Lunatic asylums Central Provinces reports 1910-1926 - 1910-1926
Year: 1910
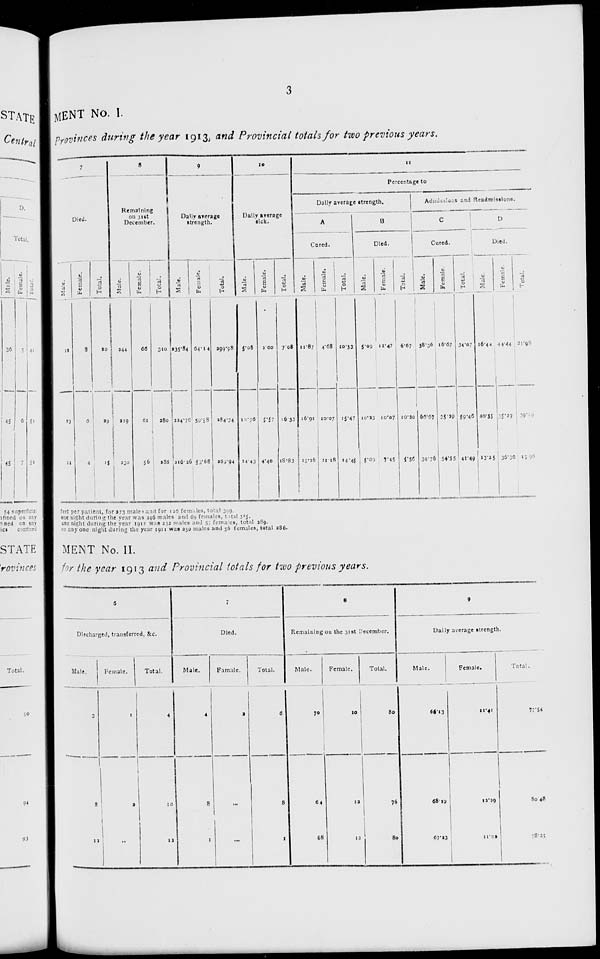
3
MENT No. I.
Provinces during the year 1913, and Provincial totals for two previous years.
7
Died.
Male.
17
23
11
Female.
3
6
4
Total.
20
29
15
8
Remaining
on 31st
December.
Male.
244
219
230
Female.
66
61
56
Total.
310
280
286
9
Daily average
strength.
Male.
235.84
224.76
216.26
Female.
64.14
59.58
53.68
Total.
299.98
284.34
269.94
10
Daily average
sick.
Male.
5.08
10.76
14.43
Female.
2.00
5.57
4.40
Total.
7.08
16.33
18.83
11
Percentage to
Daily average strength.
A
Cured.
Male.
11.87
16.91
15.26
Female.
4.68
10.07
11.18
Total.
10.33
15.47
14.45
B
Died.
Male.
5.09
10.23
5.00
Female.
12.47
10.07
7.45
Total.
6.67
10.20
5.56
Admissions and Readmissions.
C
Cured.
Male.
38.36
66.67
39.76
Female.
16.67
35.29
54.55
Total.
34.07
59.46
41.49
D
Died.
Male.
16.44
40.55
13.25
Female.
44.44
35.29
35.36
Total.
21.98
39.00
13.38
feet per patient, for 273 males and for 126 females, total 319.
one night during the year was 246 males and 69 females, total 315.
one night during the year 1912 was 232 males and 57 females, total 289.
on any one night during the year 1911 was 230 males and 56 females, total 286.
MENT No. II.
for the year 1913 and Provincial totals for two previous years.
6
Discharged, transferred, &c.
Male.
3
8
12
Female.
1
2
...
Total.
4
10
12
7
Died.
Male.
4
8
1
Famale.
2
...
...
Total.
6
8
1
8
Remaining on the 31st December.
Male.
70
64
68
Female.
10
12
12
Total.
80
76
80
9
Daily average strength.
Male.
66.13
68.19
67.23
Female.
11.41
12.29
11.02
Total.
77.54
80.48
78.25